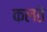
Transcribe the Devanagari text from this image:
कलते